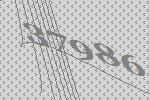
37986